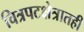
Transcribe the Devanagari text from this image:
चित्रपटक्षेत्रातही